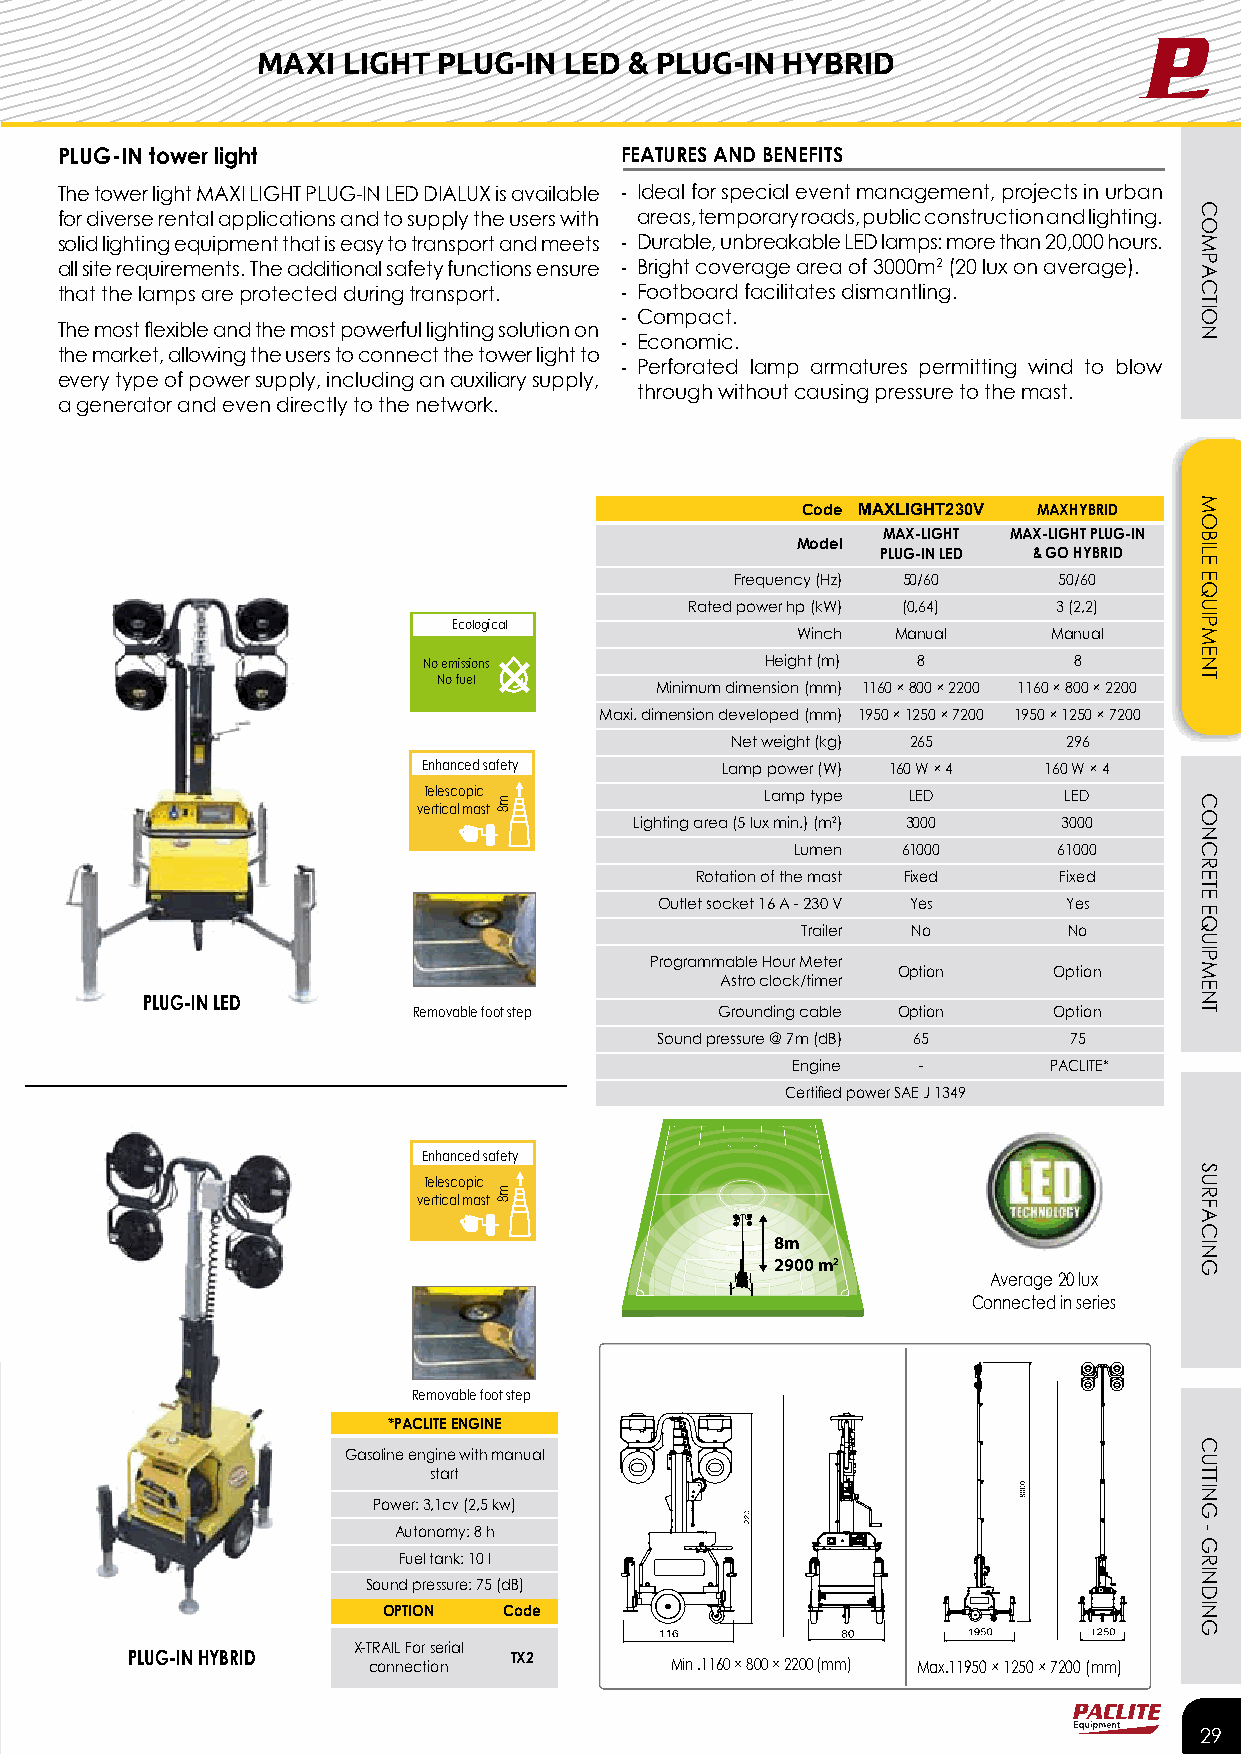
MAXI  LIGHT PLUG-IN LED  & PLUG-IN HYBRID
 PLUG-IN tower light                  FEATURES AND BENEFITS
 The tower light MAXI LIGHT PLUG-IN LED DIALUX is available - Ideal for special event management, projects in urban
 for diverse rental applications and to supply the users with areas, temporary roads, public construction and lighting.
 solid lighting equipment that is easy to transport and meets - Durable, unbreakable LED lamps: more than 20,000 hours.
 all site requirements. The additional safety functions ensure - Bright coverage area of 3000m2 (20 lux on average).
 that the lamps are protected during transport. - Footboard facilitates dismantling.
 - Compact.
 The most fl exible and the most powerful lighting solution on
 - Economic.
 the market, allowing the users to connect the tower light to
 - Perforated lamp armatures permitting wind to blow
 every type of power supply, including an auxiliary supply,
 through without causing pressure to the mast.
 a generator and even directly to the network.
 Code MAXLIGHT230V MAXHYBRID
 MAX-LIGHT MAX-LIGHT PLUG-IN
 Model
 PLUG-IN LED & GO HYBRID
 Frequency (Hz) 50/60 50/60
 Rated power hp (kW) (0,64) 3 (2,2)
 Ecological
 Winch Manual     Manual
 No emissions           Height (m) 8        8
 No fuel
 Minimum dimension (mm) 1160 × 800 × 2200 1160 × 800 × 2200
 Maxi. dimension developed (mm) 1950 × 1250 × 7200 1950 × 1250 × 7200
 Net weight (kg) 265    296
 Enhanced safety     Lamp power (W) 160 W × 4 160 W × 4
 Telescopic             Lamp type LED      LED
 vertical mast
 Lighting area (5 lux min.) (m2) 3000 3000
 Lumen  61000     61000
 Rotation of the mast Fixed Fixed
 Outlet socket 16 A - 230 V Yes Yes
 Trailer No        No
 Programmable Hour Meter
 Option     Option
 Astro clock/timer
 PLUG-IN LED
 Removable foot step  Grounding cable Option Option
 Sound pressure @ 7m (dB) 65 75
 Engine   -       PACLITE*
 Certifi ed power SAE J 1349
 Enhanced safety
 Telescopic
 vertical mast
 8m
 2900 m2
 Average 20 lux
 Connected in series
 Removable foot step
 *PACLITE ENGINE
 Gasoline engine with manual
 start
 Power: 3,1cv (2,5 kw)
 Autonomy: 8 h
 Fuel tank: 10 l
 Sound pressure: 75 (dB)
 OPTION  Code
 X-TRAIL For serial
 PLUG-IN HYBRID  connection TX2      Min .1160 × 800 × 2200 (mm) Max.11950 × 1250 × 7200 (mm)
 29
 m8
 m8
 COMPACTION
 MOBILE
 EQUIPMENT
 CONCRETE
 EQUIPMENT
 SURFACING
 CUTTING
 -
 GRINDING